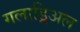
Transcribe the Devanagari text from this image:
गलाड्रिअल